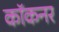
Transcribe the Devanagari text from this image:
कॉकनर